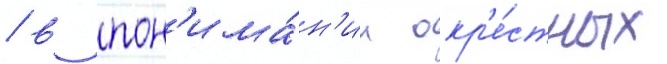
/ в пон'има́н'ии окр'е́стных